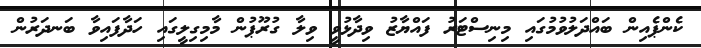
ކެންޕެއިން ބައްދަލުވުމުގައި މިނިސްޓަރު ފައްޔާޒު ވިދާޅުވީ ވިލާ ގުރޫޕުން މާމިގިލީގައި ހަދާފައިވާ ބަނދަރުން